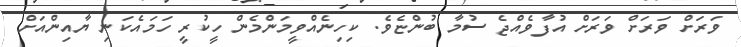
ވަރަށް ވަރަށް ވަރަށް އުފާވެއްޖެ ސުމާ ބުންޏެވެ. ކިހިނެއްވީމަންމެން ހީކުރީ ހަމައެކަނި ޔާއިންއަށް